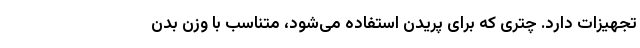
تجهیزات دارد. چتری که برای پریدن استفاده می‌شود، متناسب با وزن بدن